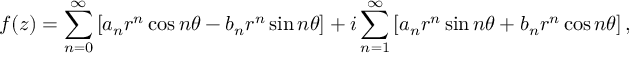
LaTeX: f ( z ) = \sum _ { n = 0 } ^ { \infty } \left[ a _ { n } r ^ { n } \cos n \theta - b _ { n } r ^ { n } \sin n \theta \right] + i \sum _ { n = 1 } ^ { \infty } \left[ a _ { n } r ^ { n } \sin n \theta + b _ { n } r ^ { n } \cos n \theta \right] ,